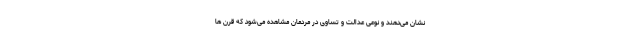
نشان می‌دهند و نوعی عدالت و تساوی در مردمان مشاهده می‌شود که قرن ها